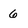
Character: 6